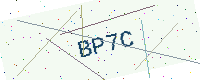
Text: BP7C